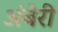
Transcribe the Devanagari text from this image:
अंबेरी